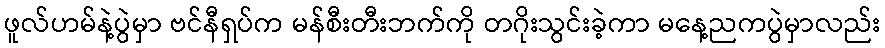
ဖူလ်ဟမ်နဲ့ပွဲမှာ ဗင်နီရှပ်က မန်စီးတီးဘက်ကို တဂိုးသွင်းခဲ့ကာ မနေ့ညကပွဲမှာလည်း